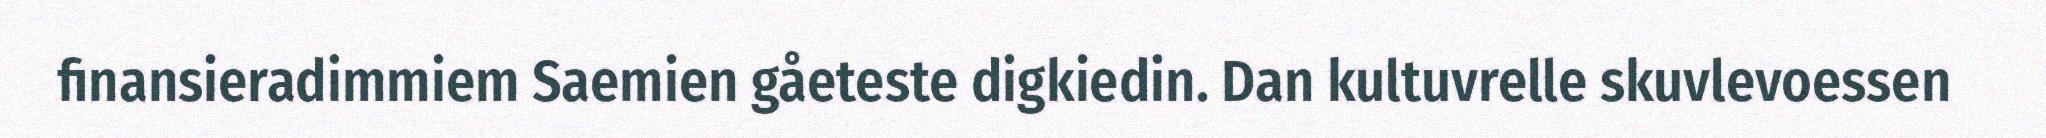
finansieradimmiem Saemien gåeteste digkiedin. Dan kultuvrelle skuvlevoessen